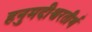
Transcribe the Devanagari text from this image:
हनुमदीश्वरतीर्थ